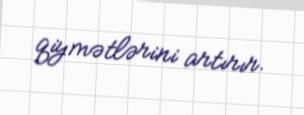
qiymətlərini artırır.